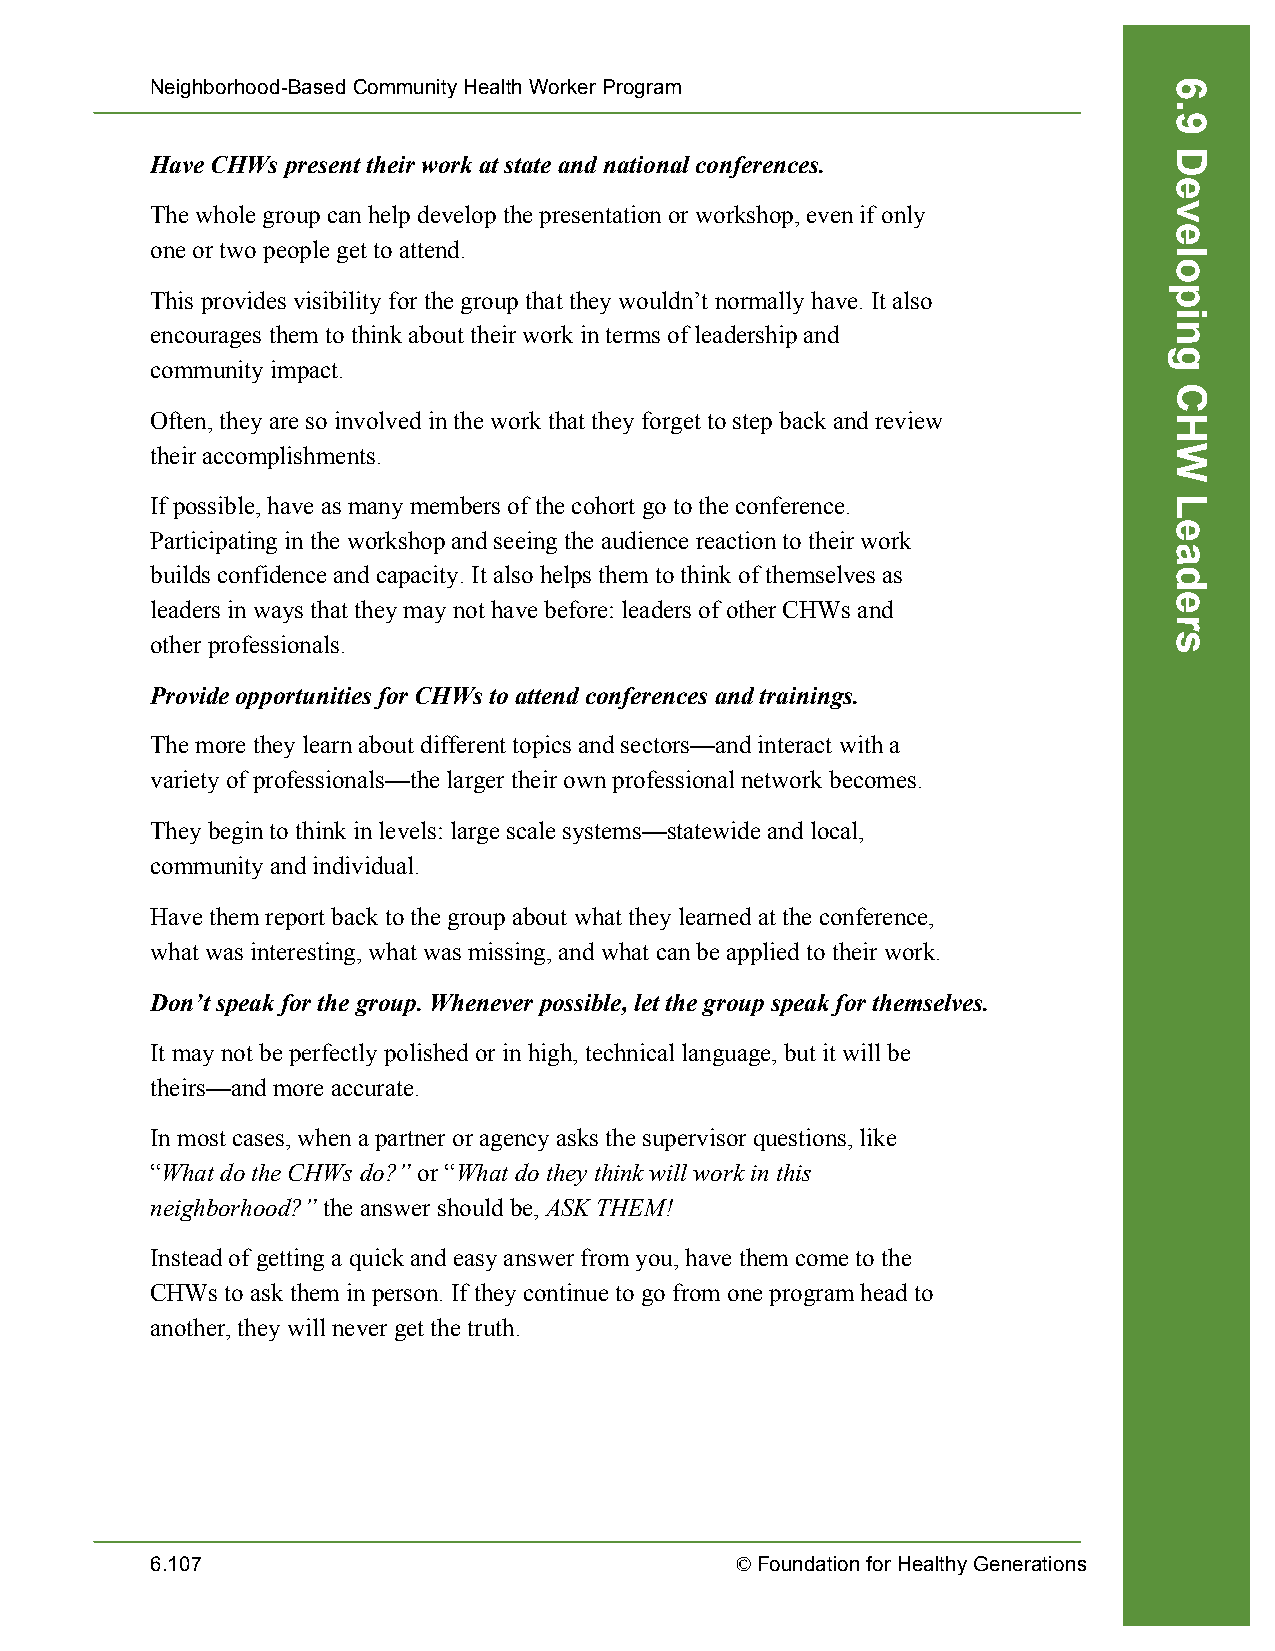
Neighborhood-Based Community Health Worker Program
 Have CHWs present their work at state and national conferences.
 The whole group can help develop the presentation or workshop, even if only
 one or two people get to attend.
 This provides visibility for the group that they wouldn’t normally have. It also
 encourages them to think about their work in terms of leadership and
 community impact.
 Often, they are so involved in the work that they forget to step back and review
 their accomplishments.
 If possible, have as many members of the cohort go to the conference.
 Participating in the workshop and seeing the audience reaction to their work
 builds confidence and capacity. It also helps them to think of themselves as
 leaders in ways that they may not have before: leaders of other CHWs and
 other professionals.
 Provide opportunities for CHWs to attend conferences and trainings.
 The more they learn about different topics and sectors—and interact with a
 variety of professionals—the larger their own professional network becomes.
 They begin to think in levels: large scale systems—statewide and local,
 community and individual.
 Have them report back to the group about what they learned at the conference,
 what was interesting, what was missing, and what can be applied to their work.
 Don’t speak for the group. Whenever possible, let the group speak for themselves.
 It may not be perfectly polished or in high, technical language, but it will be
 theirs—and more accurate.
 In most cases, when a partner or agency asks the supervisor questions, like
 “What do the CHWs do?” or “What do they think will work in this
 neighborhood?” the answer should be, ASK THEM!
 Instead of getting a quick and easy answer from you, have them come to the
 CHWs to ask them in person. If they continue to go from one program head to
 another, they will never get the truth.
 6.107                                  © Foundation for Healthy Generations
 6.9
 Developing
 CHW
 Leaders